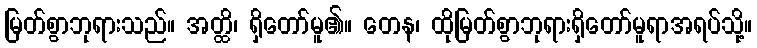
မြတ်စွာဘုရားသည်။ အတ္ထိ၊ ရှိတော်မူ၏။ တေန၊ ထိုမြတ်စွာဘုရားရှိတော်မူရာအရပ်သို့။